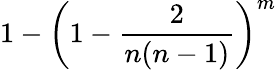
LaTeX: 1-\left(1-{\frac{2}{n(n-1)}}\right)^{m}